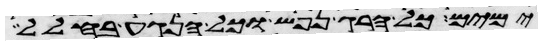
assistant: ימים כל הרג נפש וכל הנגע בחלל